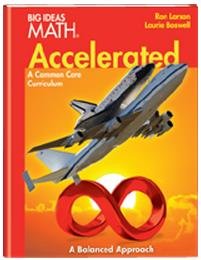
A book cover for BIG IDEAS MATH Accelerated: Student Edition Red 2014; HOUGHTON MIFFLIN HARCOURT; Teen & Young Adult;